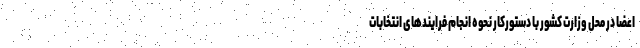
اعضا در محل وزارت کشور با دستورکار نحوه انجام فرایندهای انتخابات